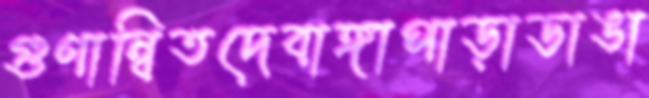
গুণান্বিতদেবাঙ্গাপাড়াডাঙা